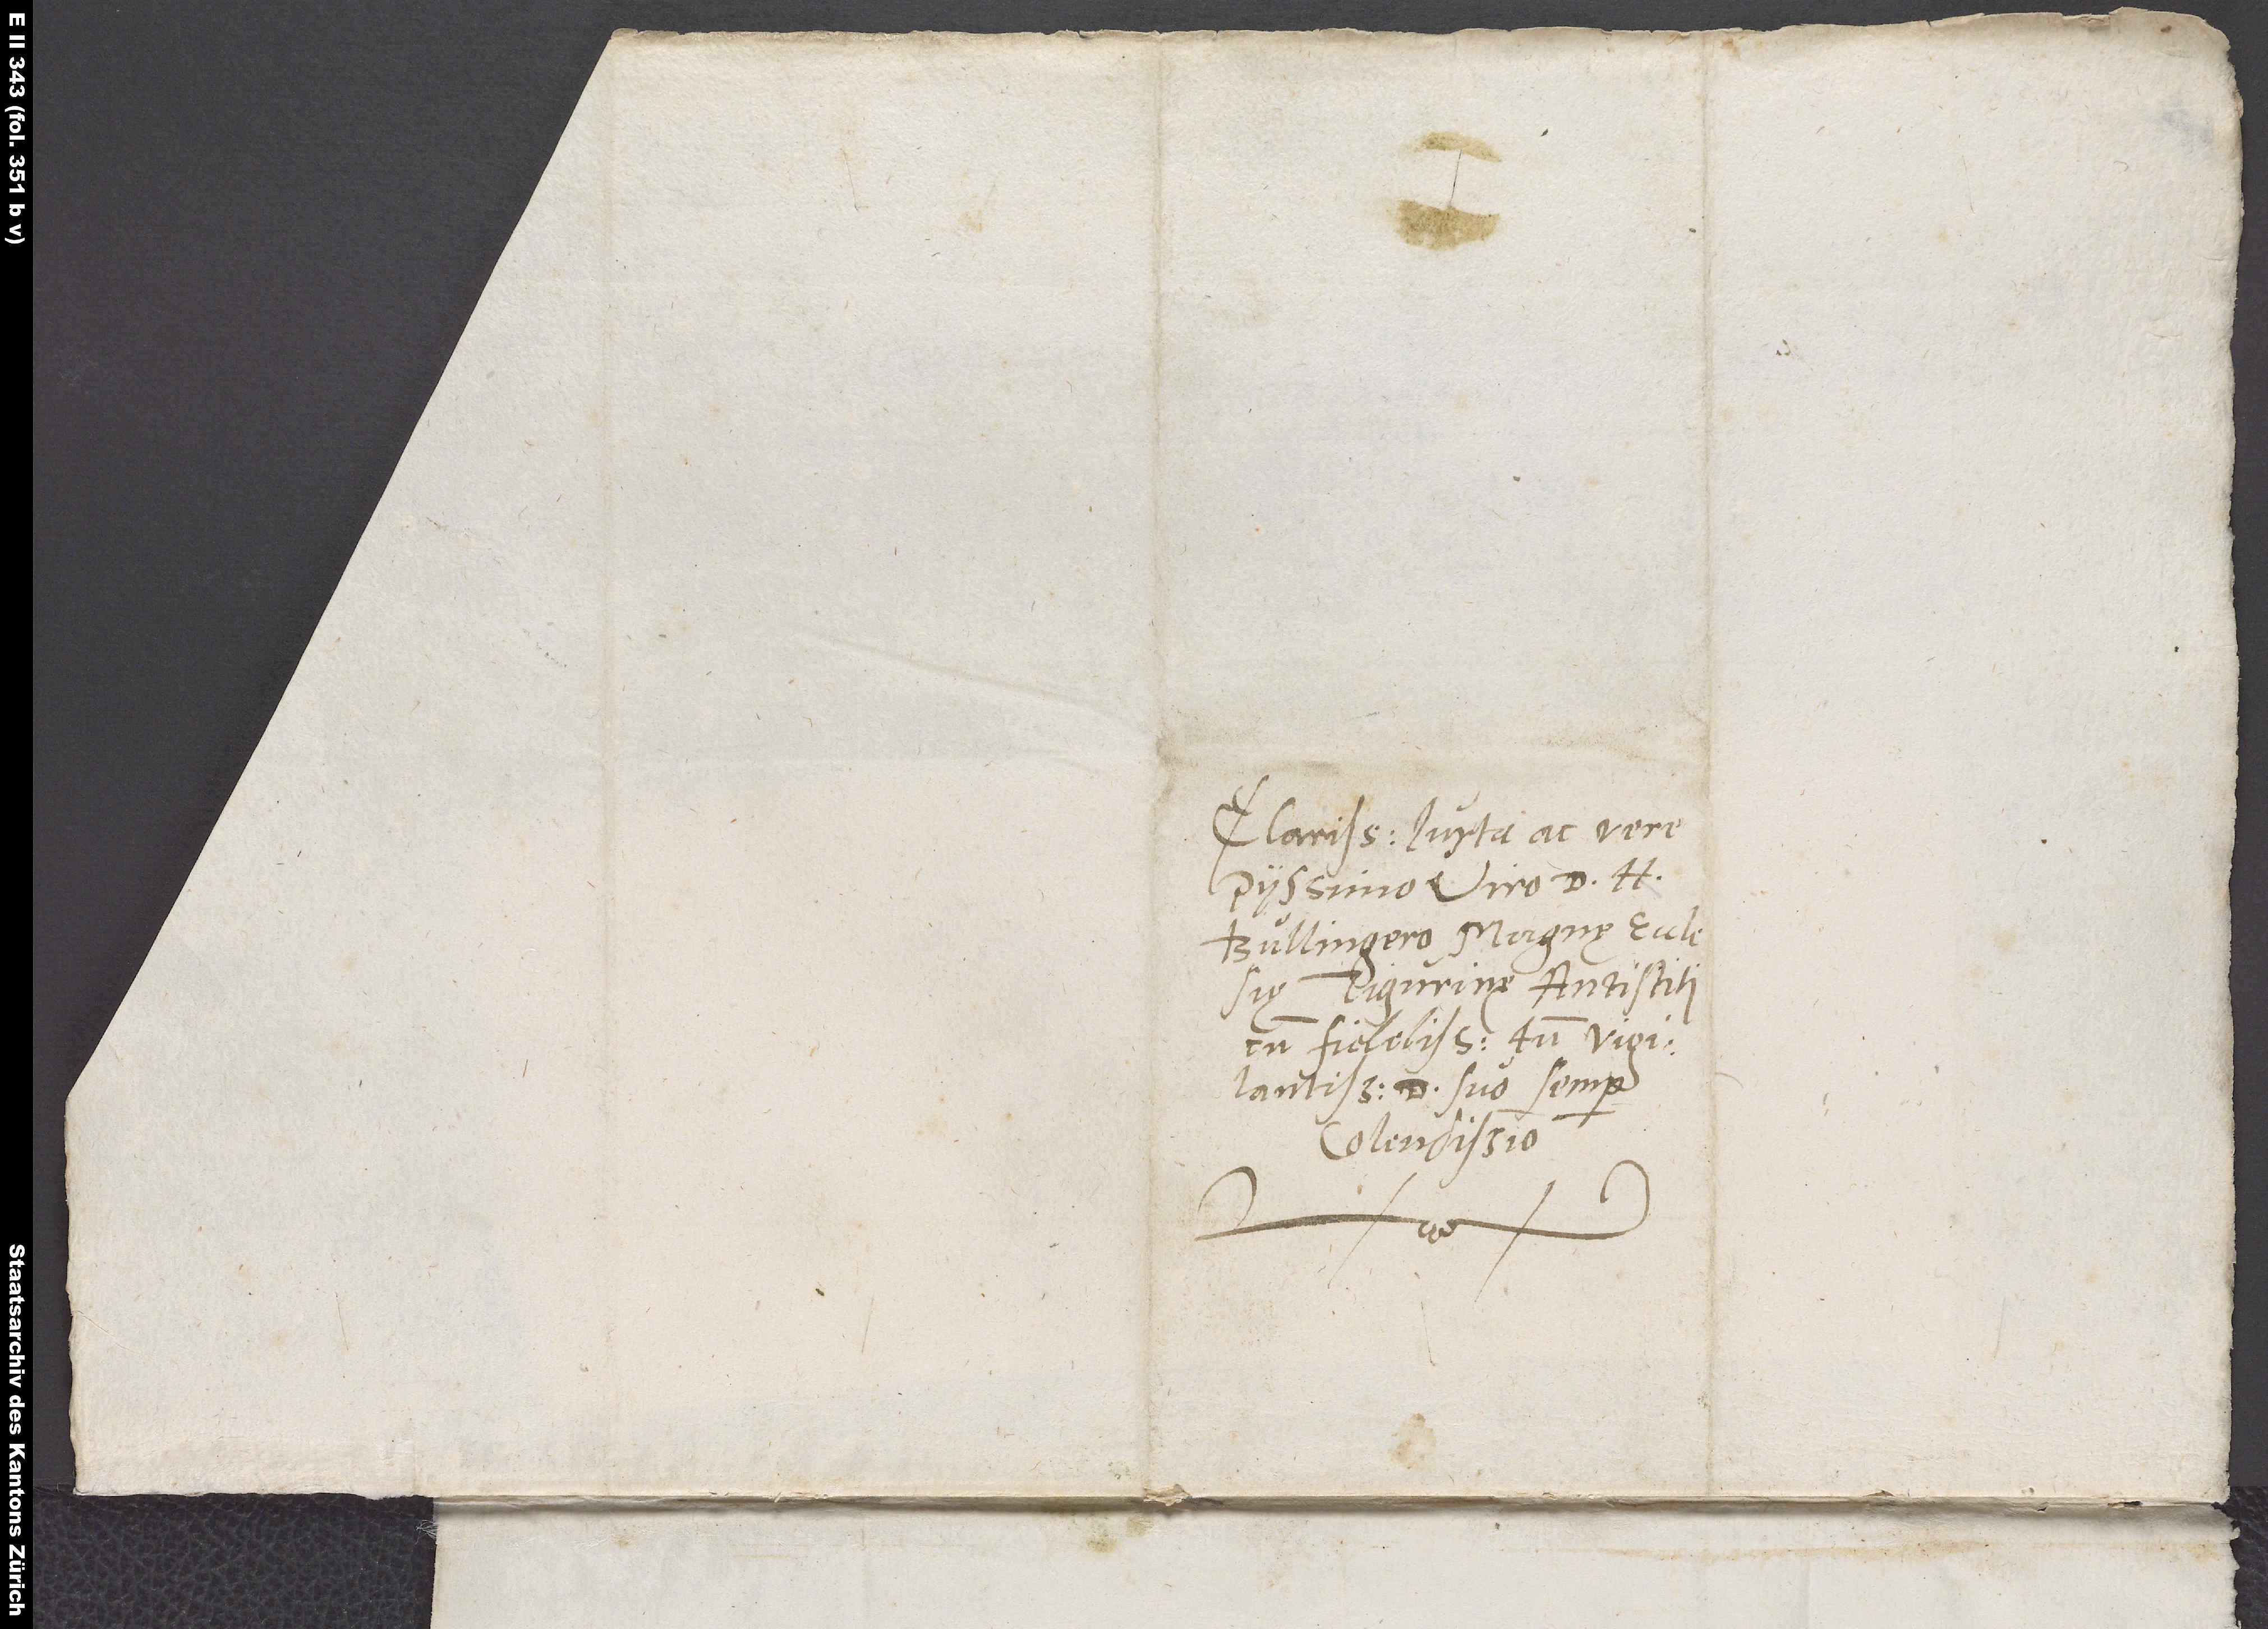
Clarissimo iuxta ac vere
piissimo viro d. H.
Bullingero, magnę ecclesię
Tigurinę antistiti
vigilantissimo, d. suo semper
colendissimo.